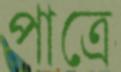
পাত্রে